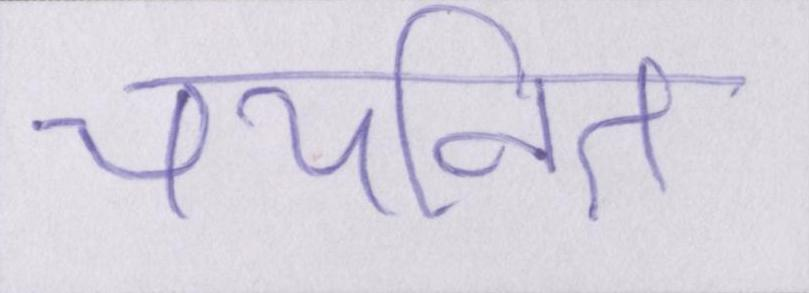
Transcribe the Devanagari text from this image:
चयनित